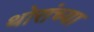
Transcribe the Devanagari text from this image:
थोरांच्या